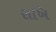
રાખિ